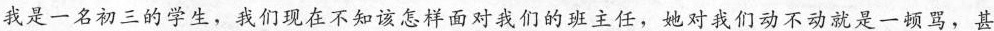
我是一名初三的学生，我们现在不知该怎样面对我们的班主任，她对我们动不动就是一顿骂，甚